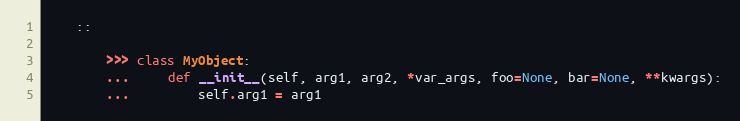
Language: Python
    ::

        >>> class MyObject:
        ...     def __init__(self, arg1, arg2, *var_args, foo=None, bar=None, **kwargs):
        ...         self.arg1 = arg1